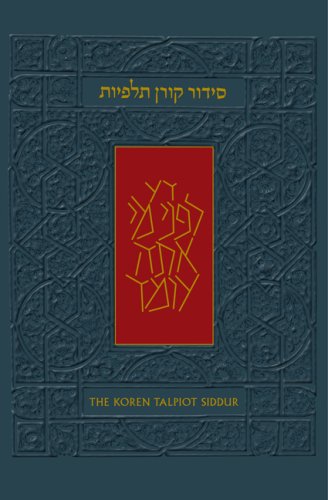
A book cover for The Koren Talpiot Siddur: A Hebrew Prayerbook with English Instructions, Compact Size (Hebrew Edition); Koren Publishers Jerusalem; Religion & Spirituality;